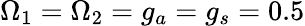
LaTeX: \Omega_{1}=\Omega_{2}=g_{a}=g_{s}=0.5